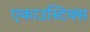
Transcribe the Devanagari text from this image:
एकाउस्टिक्स